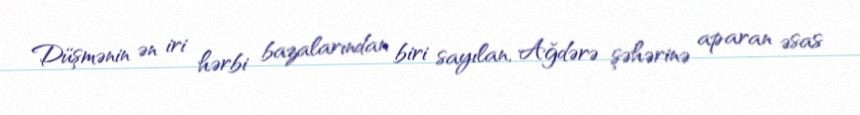
Düşmənin ən iri hərbi bazalarından biri sayılan, Ağdərə şəhərinə aparan əsas